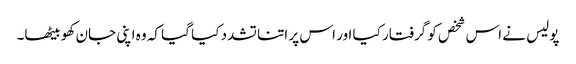
پولیس نے اس شخص کو گرفتار کیا اور اس پر اتنا تشدد کیا گیا کہ وہ اپنی جان کھو بیٹھا۔